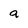
Character: a